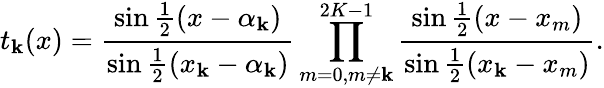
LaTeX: t_{\mathbf{k}}(x)={\frac{{\sin{\frac{{1}}{{2}}}(x-\alpha_{\mathbf{k}})}}{{\sin{\frac{{1}}{{2}}}(x_{\mathbf{k}}-\alpha_{\mathbf{k}})}}}\prod_{m=0,m\neq\mathbf{k}}^{2K-1}{\frac{{\sin{\frac{{1}}{{2}}}(x-x_{m})}}{{\sin{\frac{{1}}{{2}}}(x_{\mathbf{k}}-x_{m})}}}.